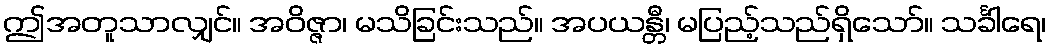
ဤအတူသာလျှင်။ အဝိဇ္ဇာ၊ မသိခြင်းသည်။ အပယန္တီ၊ မပြည့်သည်ရှိသော်။ သင်္ခါရေ၊